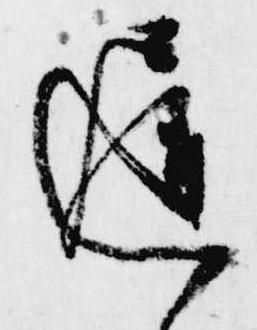
遅